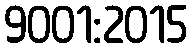
9001:2015